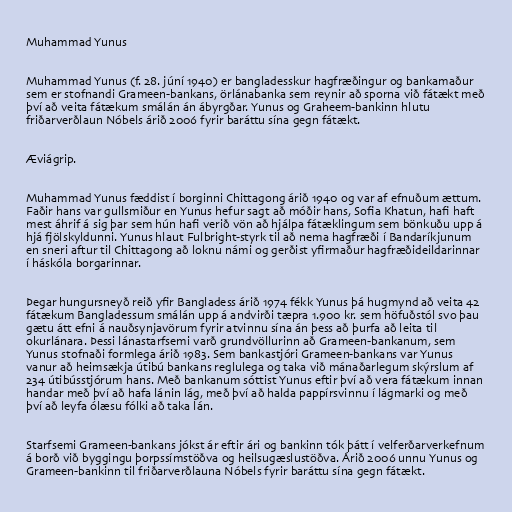
Muhammad Yunus

Muhammad Yunus (f. 28. júní 1940) er bangladesskur hagfræðingur og bankamaður
sem er stofnandi Grameen-bankans, örlánabanka sem reynir að sporna við fátækt með
því að veita fátækum smálán án ábyrgðar. Yunus og Graheem-bankinn hlutu
friðarverðlaun Nóbels árið 2006 fyrir baráttu sína gegn fátækt.

Æviágrip.

Muhammad Yunus fæddist í borginni Chittagong árið 1940 og var af efnuðum ættum.
Faðir hans var gullsmiður en Yunus hefur sagt að móðir hans, Sofia Khatun, hafi haft
mest áhrif á sig þar sem hún hafi verið vön að hjálpa fátæklingum sem bönkuðu upp á
hjá fjölskyldunni. Yunus hlaut Fulbright-styrk til að nema hagfræði í Bandaríkjunum
en sneri aftur til Chittagong að loknu námi og gerðist yfirmaður hagfræðideildarinnar
í háskóla borgarinnar.

Þegar hungursneyð reið yfir Bangladess árið 1974 fékk Yunus þá hugmynd að veita 42
fátækum Bangladessum smálán upp á andvirði tæpra 1.900 kr. sem höfuðstól svo þau
gætu átt efni á nauðsynjavörum fyrir atvinnu sína án þess að þurfa að leita til
okurlánara. Þessi lánastarfsemi varð grundvöllurinn að Grameen-bankanum, sem
Yunus stofnaði formlega árið 1983. Sem bankastjóri Grameen-bankans var Yunus
vanur að heimsækja útibú bankans reglulega og taka við mánaðarlegum skýrslum af
234 útibússtjórum hans. Með bankanum sóttist Yunus eftir því að vera fátækum innan
handar með því að hafa lánin lág, með því að halda pappírsvinnu í lágmarki og með
því að leyfa ólæsu fólki að taka lán.

Starfsemi Grameen-bankans jókst ár eftir ári og bankinn tók þátt í velferðarverkefnum
á borð við byggingu þorpssímstöðva og heilsugæslustöðva. Árið 2006 unnu Yunus og
Grameen-bankinn til friðarverðlauna Nóbels fyrir baráttu sína gegn fátækt.